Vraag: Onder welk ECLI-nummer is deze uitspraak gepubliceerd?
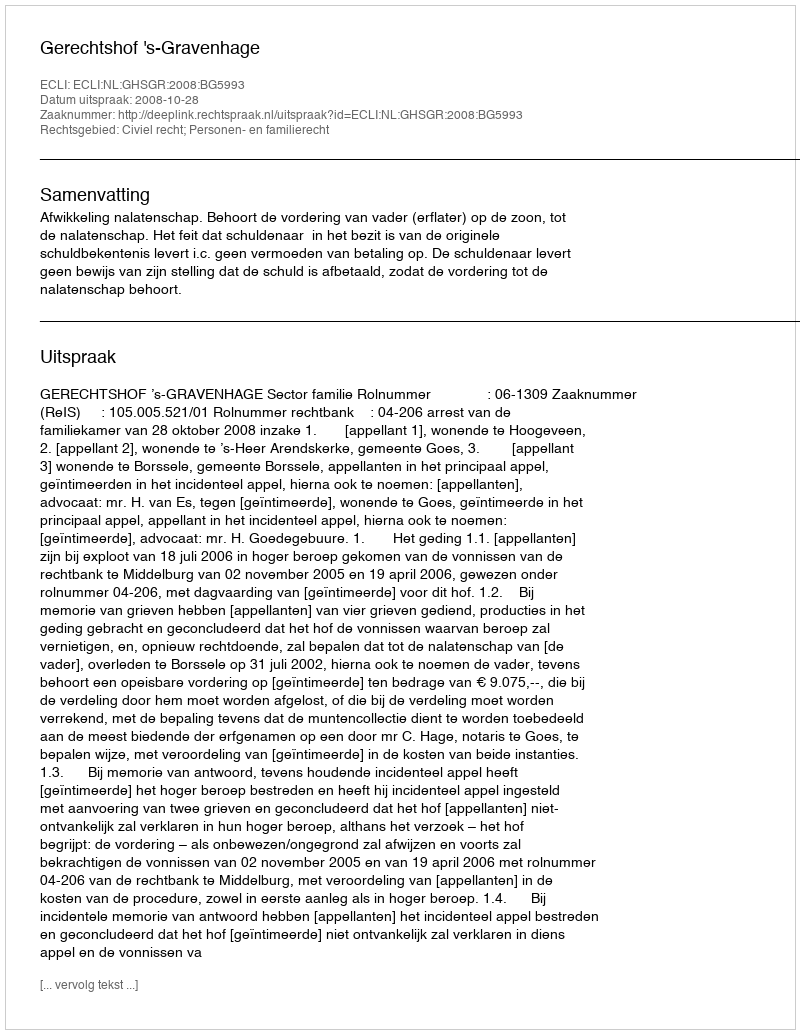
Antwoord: ECLI:NL:GHSGR:2008:BG5993